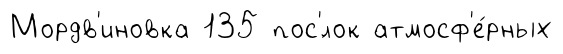
Мордв'иновка 135 пос'́лок атмосф'е́рных